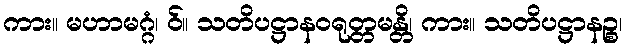
ကား။ မဟာမဂ္ဂံ၊ ဝ်။ သတိပဋ္ဌာနဝရုတ္တမန္တိ၊ ကား။ သတိပဋ္ဌာနဉ္စ၊